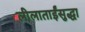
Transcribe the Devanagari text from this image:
लीलाताईंसुद्धा